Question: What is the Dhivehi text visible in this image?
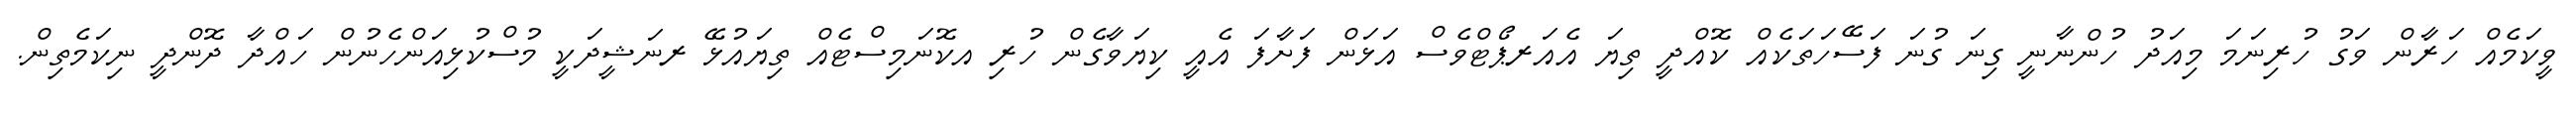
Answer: ވީކަމެއް ހަރާން ވަގު ހުރިނަމަ މިއަދު ހުންނާނީ ގިނަ ގުނަ ފަސޭހަތަކެއް ކޮއްދީ ތިޔަ އެއަރޕޯޓްވެސް އަޅަން ފަށާފަ އެއީ ކިޔަވާގެން ހުރި އކޮނަމިސްޓެއް ތިޔައުޅޭ ރނަޝީދަކީ މުސްކުޅިއަންހެނުން ހައްދާ ދޮންދީ ނިކަމެތިން.